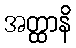
အတ္ထာနိ